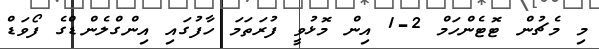
މި މެޗުން ޓޮޓެންހަމް 2-1 އިން މޮޅުވީ ފުރަަތަމަ ހާފުގައި އިންގްލެންޑްގެ ފޯވަޑް